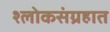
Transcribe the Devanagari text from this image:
श्लोकसंग्रहात